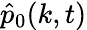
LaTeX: \hat{p}_{0}(k,t)